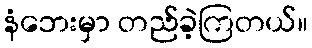
နံဘေးမှာ တည်ခဲ့ကြတယ်။